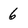
Character: 6